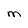
Character: M